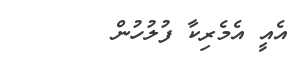
އެއީ އެމެރިކާ ފުލުހުން